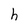
Character: h